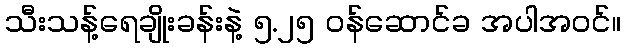
သီးသန့်ရေချိုးခန်းနဲ့ ၅.၂၅ ဝန်ဆောင်ခ အပါအဝင်။